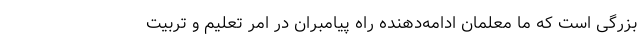
بزرگى است که ما معلمان ادامه‌دهنده راه پیامبران در امر تعلیم و تربیت